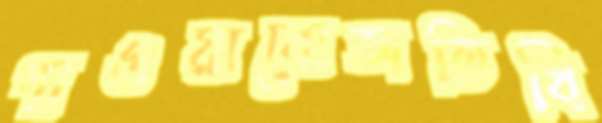
গাওয়াবোঅতিথি